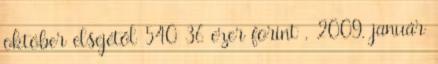
október elsejétől 540 36 ezer forint , 2009. január